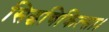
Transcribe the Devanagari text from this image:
सिद्धचिकित्सा।